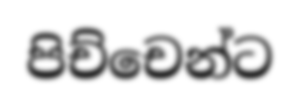
පිච්චෙන්ට